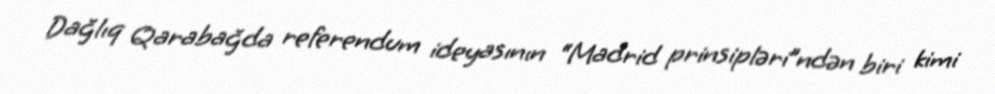
Dağlıq Qarabağda referendum ideyasının “Madrid prinsipləri”ndən biri kimi